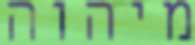
מיהוה